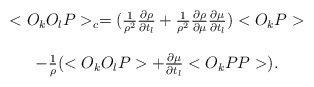
\begin{align*}\begin{array}{c}<O_{k}O_{l}P>_{c} = ( \frac{1}{\rho ^{2}} \frac{\partial \rho}{\partial t_{l}} + \frac{1}{\rho ^{2}} \frac{\partial \rho}{\partial \mu} \frac{\partial \mu}{\partial t_{l}} )<O_{k}P> \\ \\- \frac{1}{\rho} (<O_{k}O_{l}P> + \frac{\partial \mu}{\partial t_{l}}<O_{k} PP>). \end{array}\end{align*}